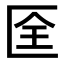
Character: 𠤹